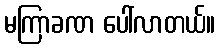
မကြာခဏ ပေါ်လာတယ်။